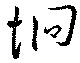
坰